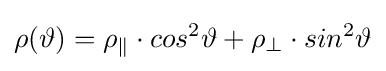
\rho (\vartheta )=\rho _{\parallel }\cdot cos^{2}\vartheta +\rho _{\perp }\cdot sin^{2}\vartheta